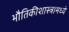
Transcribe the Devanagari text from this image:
भौतिकीशास्त्रामध्ये